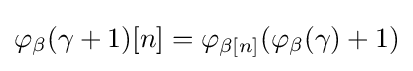
\varphi _{\beta }(\gamma +1)[n]=\varphi _{\beta [n]}(\varphi _{\beta }(\gamma )+1)